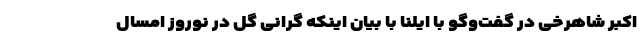
اکبر شاهرخی در گفت‌وگو با ایلنا با بیان اینکه گرانی گل در نوروز امسال